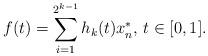
LaTeX: \begin{align*}f(t)=\sum\limits_{i=1}^{2^{k-1}}h_{k}(t)x_{n}^{*},\,t\in [0,1].\end{align*}